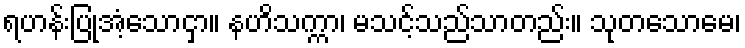
ရဟန်းပြုအံ့သောငှာ။ နဟိသက္ကာ၊ မသင့်သည်သာတည်း။ သုတသောမေ၊